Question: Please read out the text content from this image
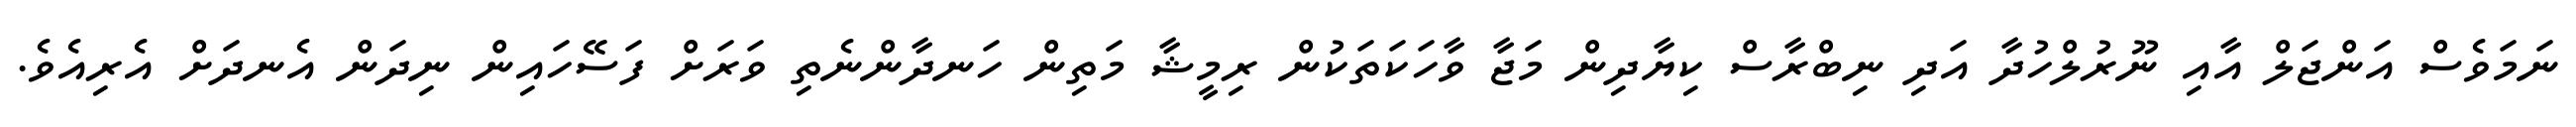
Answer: ނަމަވެސް އަންޖަލް އާއި ނޫރުލްހުދާ އަދި ނިބްރާސް ކިޔާދިން މަޖާ ވާހަކަތަކުން ރިމީޝާ މަތިން ހަނދާންނެތި ވަރަށް ފަސޭހައިން ނިދަން އެނދަށް އެރިއެވެ.